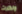
ونظرت